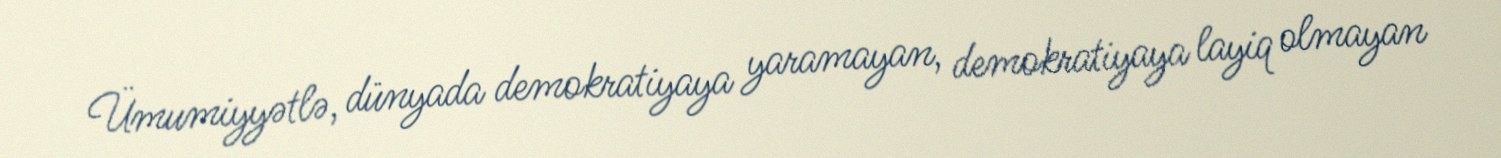
Ümumiyyətlə, dünyada demokratiyaya yaramayan, demokratiyaya layiq olmayan